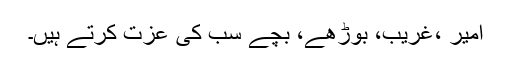
امیر ،غریب، بوڑھے، بچے سب کی عزت کرتے ہیں۔